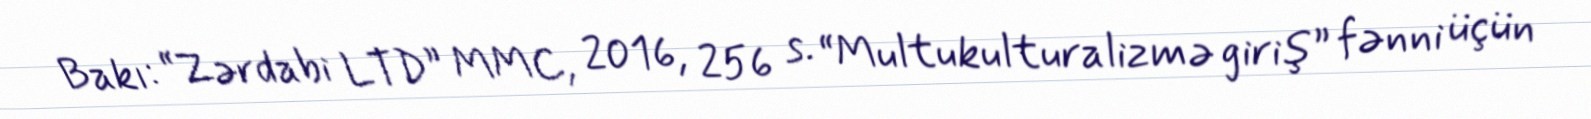
Bakı: “Zərdabi LTD” MMC, 2016, 256 s. “Multukulturalizmə giriş” fənni üçün